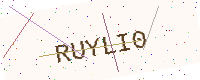
Text: RUYLI0